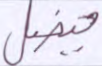
فيضل